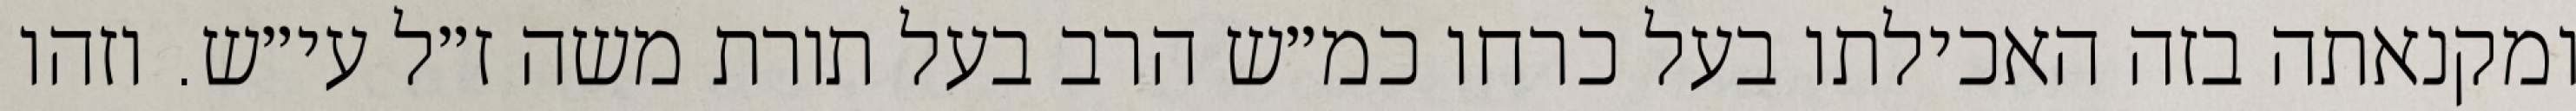
ומקנאתה בזה האכילתו בעל כרחו כמ״ש הרב בעל תורת משה ז״ל עי״ש. וזהו